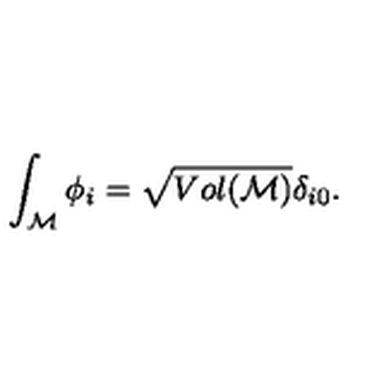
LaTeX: \int _ { \cal M } \phi _ { i } = \sqrt { V o l ( { \cal M } ) } \delta _ { i 0 } .